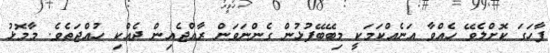
ފާހަގަ ކޮށްލެވޭ ހެއްވާ އަނެއްކަމަކީ މިބޭބޭފުޅުން ގެންނަވަން ރާއްޖެއިން ދެއްކި ހުއްޖަތެވެ. މާމޮޅު